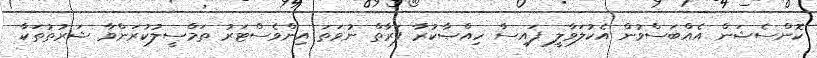
ކޮންސެޝަން އެއްބަސްވުން އެކުލަވާލީ ފައިސާ ހިއްޞާކުރާ ފަރާތް ނުވަތަ އިންވެސްޓަރު ތަމްސީލުކުރަންވާ ޝަރުތުތަކާ